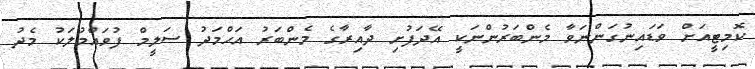
ކޮމިޓީއަށް ވަޑައިނުގަންނަވާ މެންބަރުންނަކީ އޭދަފުށި ދާއިރާގެ މެންބަރު އަޙްމަދު ސަލީމް ފުވައްމުލަކު މެދު